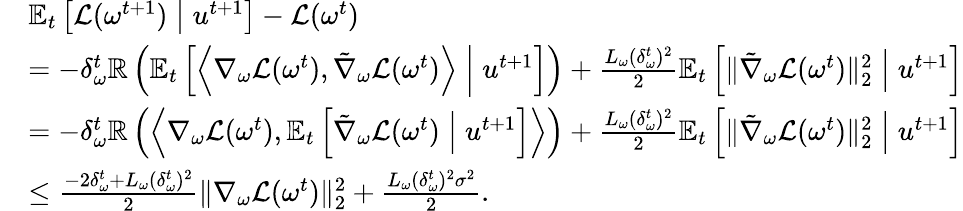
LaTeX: \begin{array}{rl}&{\mathbb{E}_{t}\left[\mathcal{L}(\omega^{t+1})\; \middle|\; u^{t+1}\right]-\mathcal{L}(\omega^{t})}\\ &{=-\delta_{\omega}^{t}\mathbb{R}\left(\mathbb{E}_{t}\left[\left\langle\nabla_{\omega}\mathcal{L}(\omega^{t}),\tilde{\nabla}_{\omega}\mathcal{L}(\omega^{t})\right\rangle\; \middle|\; u^{t+1}\right]\right)+\frac{L_{\omega}(\delta_{\omega}^{t})^{2}}{2}\mathbb{E}_{t}\left[\| \tilde{\nabla}_{\omega}\mathcal{L}(\omega^{t})\| _{2}^{2}\; \middle|\; u^{t+1}\right]}\\ &{=-\delta_{\omega}^{t}\mathbb{R}\left(\left\langle\nabla_{\omega}\mathcal{L}(\omega^{t}),\mathbb{E}_{t}\left[\tilde{\nabla}_{\omega}\mathcal{L}(\omega^{t})\; \middle|\; u^{t+1}\right]\right\rangle\right)+\frac{L_{\omega}(\delta_{\omega}^{t})^{2}}{2}\mathbb{E}_{t}\left[\| \tilde{\nabla}_{\omega}\mathcal{L}(\omega^{t})\| _{2}^{2}\; \middle|\; u^{t+1}\right]}\\ &{\leq\frac{-2\delta_{\omega}^{t}+L_{\omega}(\delta_{\omega}^{t})^{2}}{2}\| \nabla_{\omega}\mathcal{L}(\omega^{t})\| _{2}^{2}+\frac{L_{\omega}(\delta_{\omega}^{t})^{2}\sigma^{2}}{2}.}\end{array}